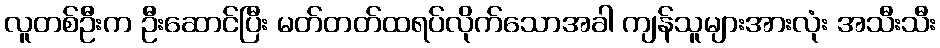
လူတစ်ဦးက ဦးဆောင်ပြီး မတ်တတ်ထရပ်လိုက်သောအခါ ကျန်သူများအားလုံး အသီးသီး